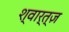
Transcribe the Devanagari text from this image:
श्वार्त्ज़